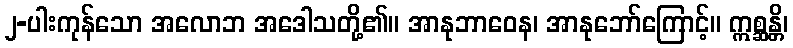
၂-ပါးကုန်သော အလောဘ အဒေါသတို့၏။ အာနုဘာဝေန၊ အာနုဘော်ကြောင့်။ ဣစ္ဆန္တိ၊